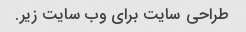
طراحی سایت برای وب سایت زیر.